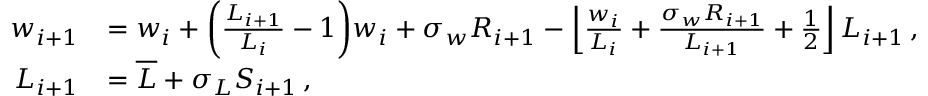
\begin{array} { r l } { w _ { i + 1 } } & { = w _ { i } + \bigg ( \frac { L _ { i + 1 } } { L _ { i } } - 1 \bigg ) w _ { i } + \sigma _ { w } R _ { i + 1 } - \left\lfloor \frac { w _ { i } } { L _ { i } } + \frac { \sigma _ { w } R _ { i + 1 } } { L _ { i + 1 } } + \frac { 1 } { 2 } \right\rfloor L _ { i + 1 } \, , } \\ { L _ { i + 1 } } & { = \overline { { L } } + \sigma _ { L } S _ { i + 1 } \, , } \end{array}